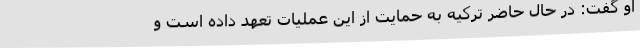
او گفت: در حال حاضر ترکیه به حمایت از این عملیات تعهد داده است و